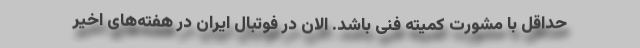
حداقل با مشورت کمیته فنی باشد. الان در فوتبال ایران در هفته‌های اخیر